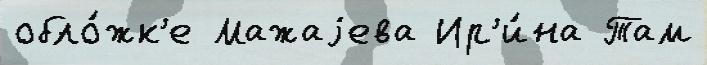
обло́жк'е Мажаjева Ир'и́на Там